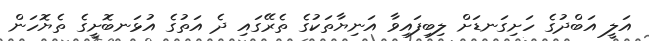
އަލީ އަބްދުގެ ހަށިގަނޑަށް ލިބިފައިވާ އަނިޔާތަކުގެ ތެރޭގައި ދެ އަތުގެ އުޅަނބޮށީގެ ތެޔޮހަން